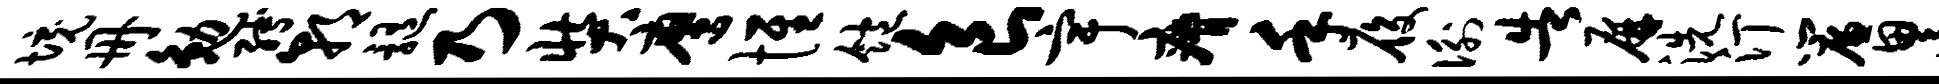
境册勉缚朝髓乃奘鹰惟饱食宇瘠手履衡告屏洗汀帘累